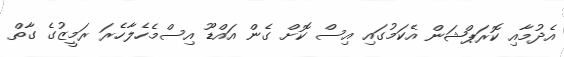
އެދުމާއި ކޮރަޕްޝަން އެކަމުގައި އިސް ކޮށް ގެން އައްޑޫ އިސްމެހެލާހެރަ ރަމީޒުގެ ގާތް